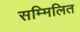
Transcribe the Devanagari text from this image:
सम्मिलित